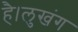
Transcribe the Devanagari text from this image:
है।लुखंग